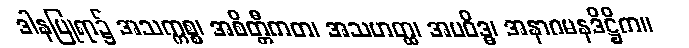
ဒါနပြုရာ၌ အသက္ကစ္စ၊ အစိတ္တီကတ၊ အသဟတ္ထ၊ အပဝိဒ္ဓ၊ အနာဂမနဒိဋ္ဌိက။